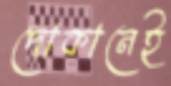
দোকানেই